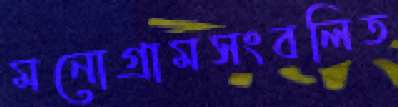
মনোগ্রামসংবলিত